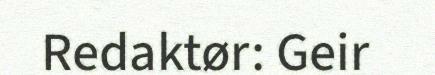
Redaktør: Geir